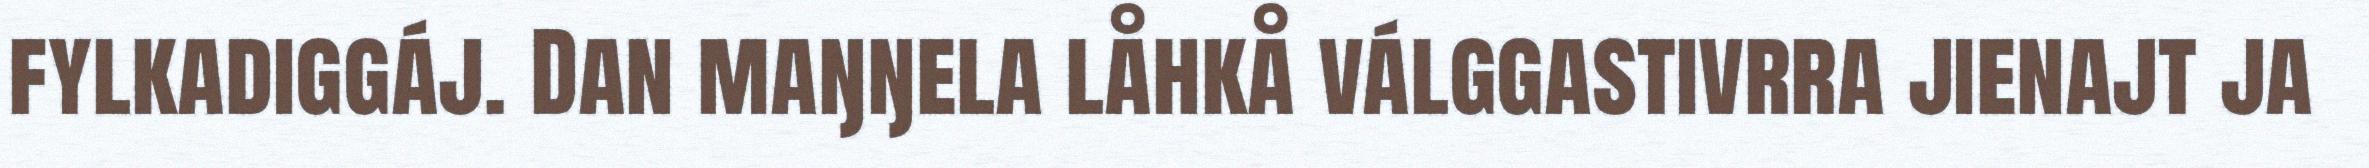
fylkadiggáj. Dan maŋŋela låhkå válggastivrra jienajt ja